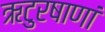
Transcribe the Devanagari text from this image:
ऋटुरषाणां